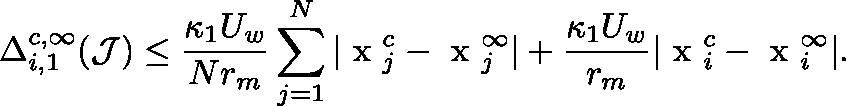
\Delta _ { i , 1 } ^ { c , \infty } ( { \mathcal J } ) \leq \frac { \kappa _ { 1 } U _ { w } } { N r _ { m } } \sum _ { j = 1 } ^ { N } | \mathrm { \boldmath ~ x ~ } _ { j } ^ { c } - \mathrm { \boldmath ~ x ~ } _ { j } ^ { \infty } | + \frac { \kappa _ { 1 } U _ { w } } { r _ { m } } | \mathrm { \boldmath ~ x ~ } _ { i } ^ { c } - \mathrm { \boldmath ~ x ~ } _ { i } ^ { \infty } | .